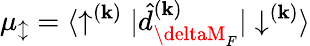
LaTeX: {\mu_{\updownarrow}={\langle\uparrow^{(\mathbf{k})}|\hat{{d}}_{\deltaM_{F}}^{(\mathbf{k})}|\downarrow^{(\mathbf{k})}\rangle}}